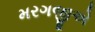
મરગજીએ